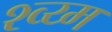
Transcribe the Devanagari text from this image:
श्व्य्म